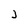
Character: j